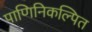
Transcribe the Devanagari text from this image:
पाणिनिकल्पित